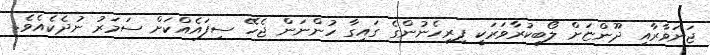
ޖަނަވާރާއި ދޫންޏަށް ލޯބިކުރާވަރަކީ ފިރިހެނުންގެ ގައިގާ ހުންނަން ޖެހޭ ސިފައެއްކަަށް ސަމަރު ނުދެކެއެވެ.